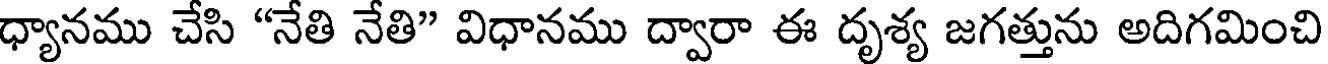
ధ్యానము చేసి "నేతి నేతి" విధానము ద్వారా ఈ దృశ్య జగత్తును అదిగమించి